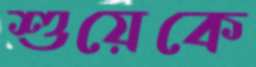
শুয়েকে